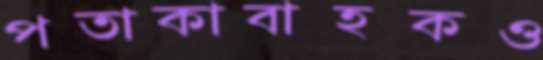
পতাকাবাহকও